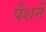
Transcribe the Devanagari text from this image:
पेंशनें